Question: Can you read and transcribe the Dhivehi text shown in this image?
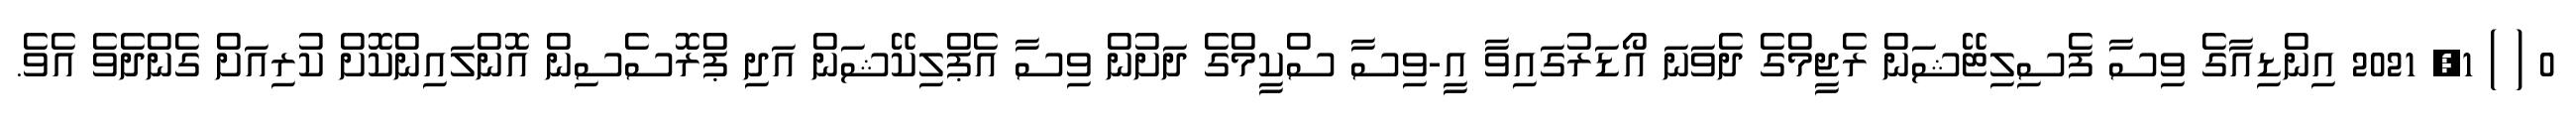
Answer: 0 ( ) 1, 2021 އިންޑިއާގެ ވިސާ ފެސިލިޓޭޝަން ރެޖީމްގެ ދެވަނަ އޯޑަރުގައިވާ އީ-ވިސާ ސްކީމްގެ ދަށުން ވިސާ އެޕްލިކޭޝަން އަދި ޕްރޮސެސިން އޮންލައިންކޮށް ކުރިއަށް ގެންދެވެ އެވެ.